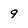
Character: 9